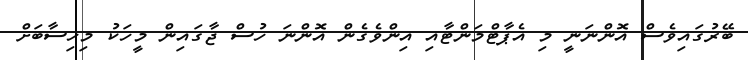
ބޭރުގައިވެސް އޮންނަނީ މި އެޕާޓްމަންޓާއި އިންވެގެން އޮންނަ ހުސް ޖާގައިން މީހަކު މިހިސާބަށް